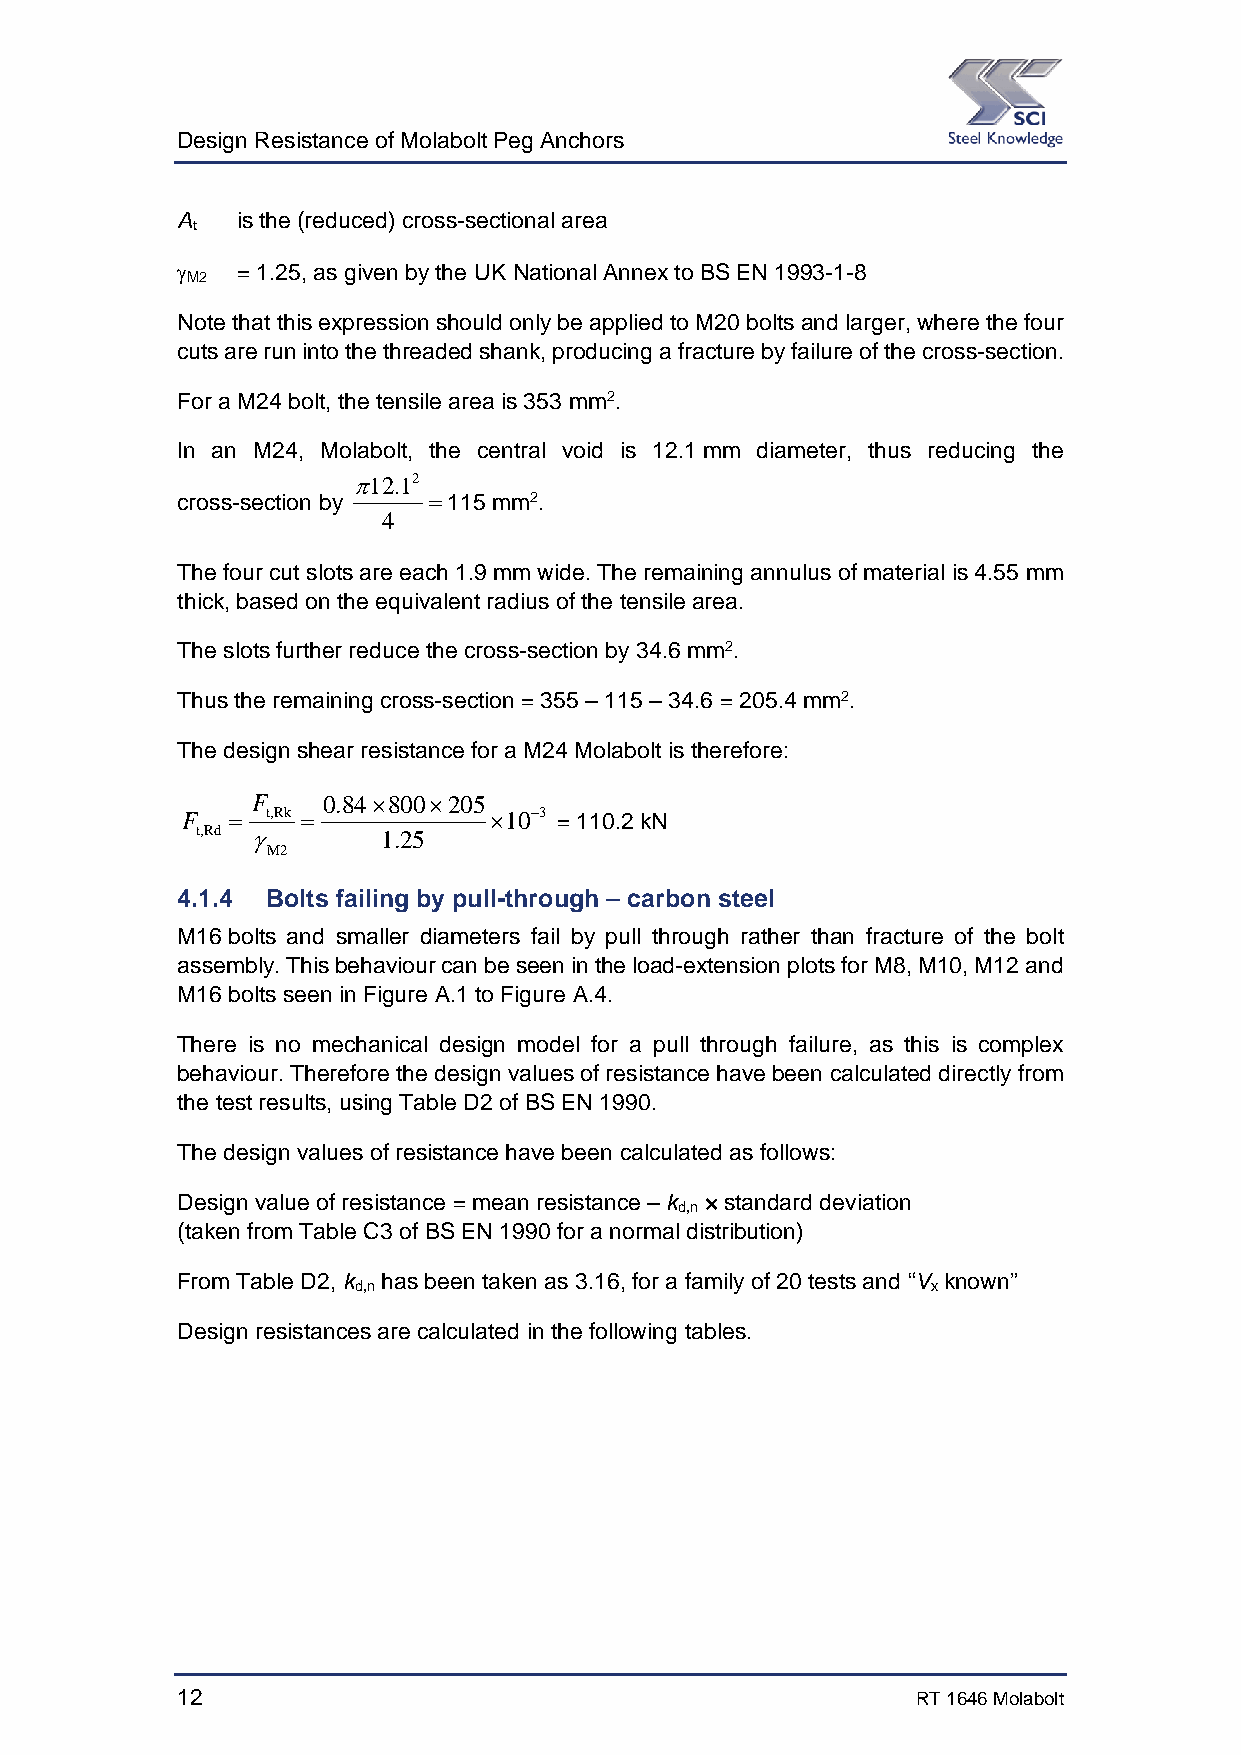
Design Resistance of Molabolt Peg Anchors
 A   is the (reduced) cross-sectional area
 t
    = 1.25, as given by the UK National Annex to BS EN 1993-1-8
 M2
 Note that this expression should only be applied to M20 bolts and larger, where the four
 cuts are run into the threaded shank, producing a fracture by failure of the cross-section.
 For a M24 bolt, the tensile area is 353 mm2.
 In an M24, Molabolt, the central void is 12.1 mm diameter, thus reducing the
 12.12
 cross-section by 115 mm2.
 4
 The four cut slots are each 1.9 mm wide. The remaining annulus of material is 4.55 mm
 thick, based on the equivalent radius of the tensile area.
 The slots further reduce the cross-section by 34.6 mm2.
 Thus the remaining cross-section = 355 – 115 – 34.6 = 205.4 mm2.
 The design shear resistance for a M24 Molabolt is therefore:
 F   0.84800205
 F    t,Rk         103 = 110.2 kN
 t,Rd       1.25
 M2
 4.1.4 Bolts failing by pull-through – carbon steel
 M16 bolts and smaller diameters fail by pull through rather than fracture of the bolt
 assembly. This behaviour can be seen in the load-extension plots for M8, M10, M12 and
 M16 bolts seen in Figure A.1 to Figure A.4.
 There is no mechanical design model for a pull through failure, as this is complex
 behaviour. Therefore the design values of resistance have been calculated directly from
 the test results, using Table D2 of BS EN 1990.
 The design values of resistance have been calculated as follows:
 Design value of resistance = mean resistance – k × standard deviation
 d,n
 (taken from Table C3 of BS EN 1990 for a normal distribution)
 From Table D2, k has been taken as 3.16, for a family of 20 tests and “V known”
 d,n                                    x
 Design resistances are calculated in the following tables.
 12                                               RT 1646 Molabolt